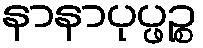
နာနာပုပ္ဖဉ္စ